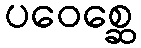
ပဝေစ္ဆေ